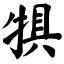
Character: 犋